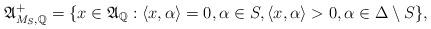
LaTeX: \begin{align*}\mathfrak{A}^+_{M_S, \mathbb{Q}}= \{ x \in \mathfrak{A}_{ \mathbb{Q}} : \langle x, \alpha \rangle = 0, \alpha \in S, \langle x, \alpha \rangle > 0, \alpha \in \Delta \setminus S \},\end{align*}